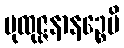
ပုထုဇ္ဇနာနဉ္စေပိ